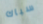
سباك